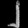
Digit: ၂